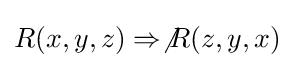
R(x,y,z)\Rightarrow \not R(z,y,x)